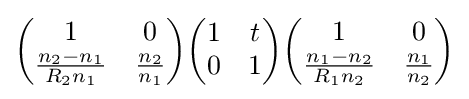
{\begin{pmatrix}1&0\\{\frac {n_{2}-n_{1}}{R_{2}n_{1}}}&{\frac {n_{2}}{n_{1}}}\end{pmatrix}}{\begin{pmatrix}1&t\\0&1\end{pmatrix}}{\begin{pmatrix}1&0\\{\frac {n_{1}-n_{2}}{R_{1}n_{2}}}&{\frac {n_{1}}{n_{2}}}\end{pmatrix}}